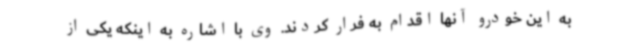
به این خودرو آنها اقدام به فرار کردند. وی با اشاره به اینکه یکی از